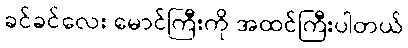
ခင်ခင်လေး မောင်ကြီးကို အထင်ကြီးပါတယ်